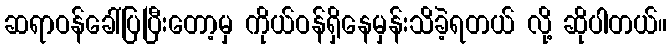
ဆရာဝန်ခေါ်ပြပြီးတော့မှ ကိုယ်ဝန်ရှိနေမှန်းသိခဲ့ရတယ် လို့ ဆိုပါတယ်။